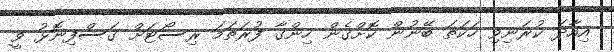
އިއާދަ ކުރަނިވި ހަކަތަ ބޭނުން ކޮށްގެން ހިންގާ ފުރަތަމަ ރިސޯޓަށް ގަސްފިނޮޅު ވީ